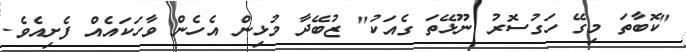
"ކޮބާތަ މިގޭ ހަގުސޮރު ނޫޅޭތަ ގެއަކު" ޒުބޭދާ މުޅިން އެހެން ވާހަކައެއް ފެށިއެވެ.